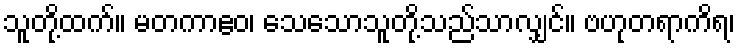
သူတို့ထက်။ မတကာဧဝ၊ သေသောသူတို့သည်သာလျှင်။ ဗဟုတရာကိရ၊